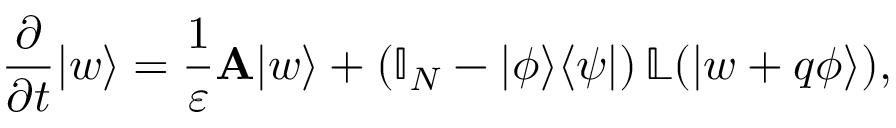
\frac { \partial } { \partial t } | w \rangle = \frac { 1 } { \varepsilon } \mathbf { A } | w \rangle + \left( \mathbb { I } _ { N } - | \phi \rangle \langle \psi | \right) \mathbb { L } ( | w + q \phi \rangle ) ,